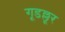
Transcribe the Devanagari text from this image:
गूडल्लूर